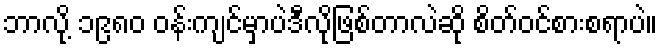
ဘာလို့ ၁၉၈၀ ဝန်းကျင်မှာပဲဒီလိုဖြစ်တာလဲဆို စိတ်ဝင်စားစရာပဲ။